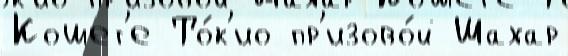
Кошет'е То́к'ио пр'изово́й Шахар